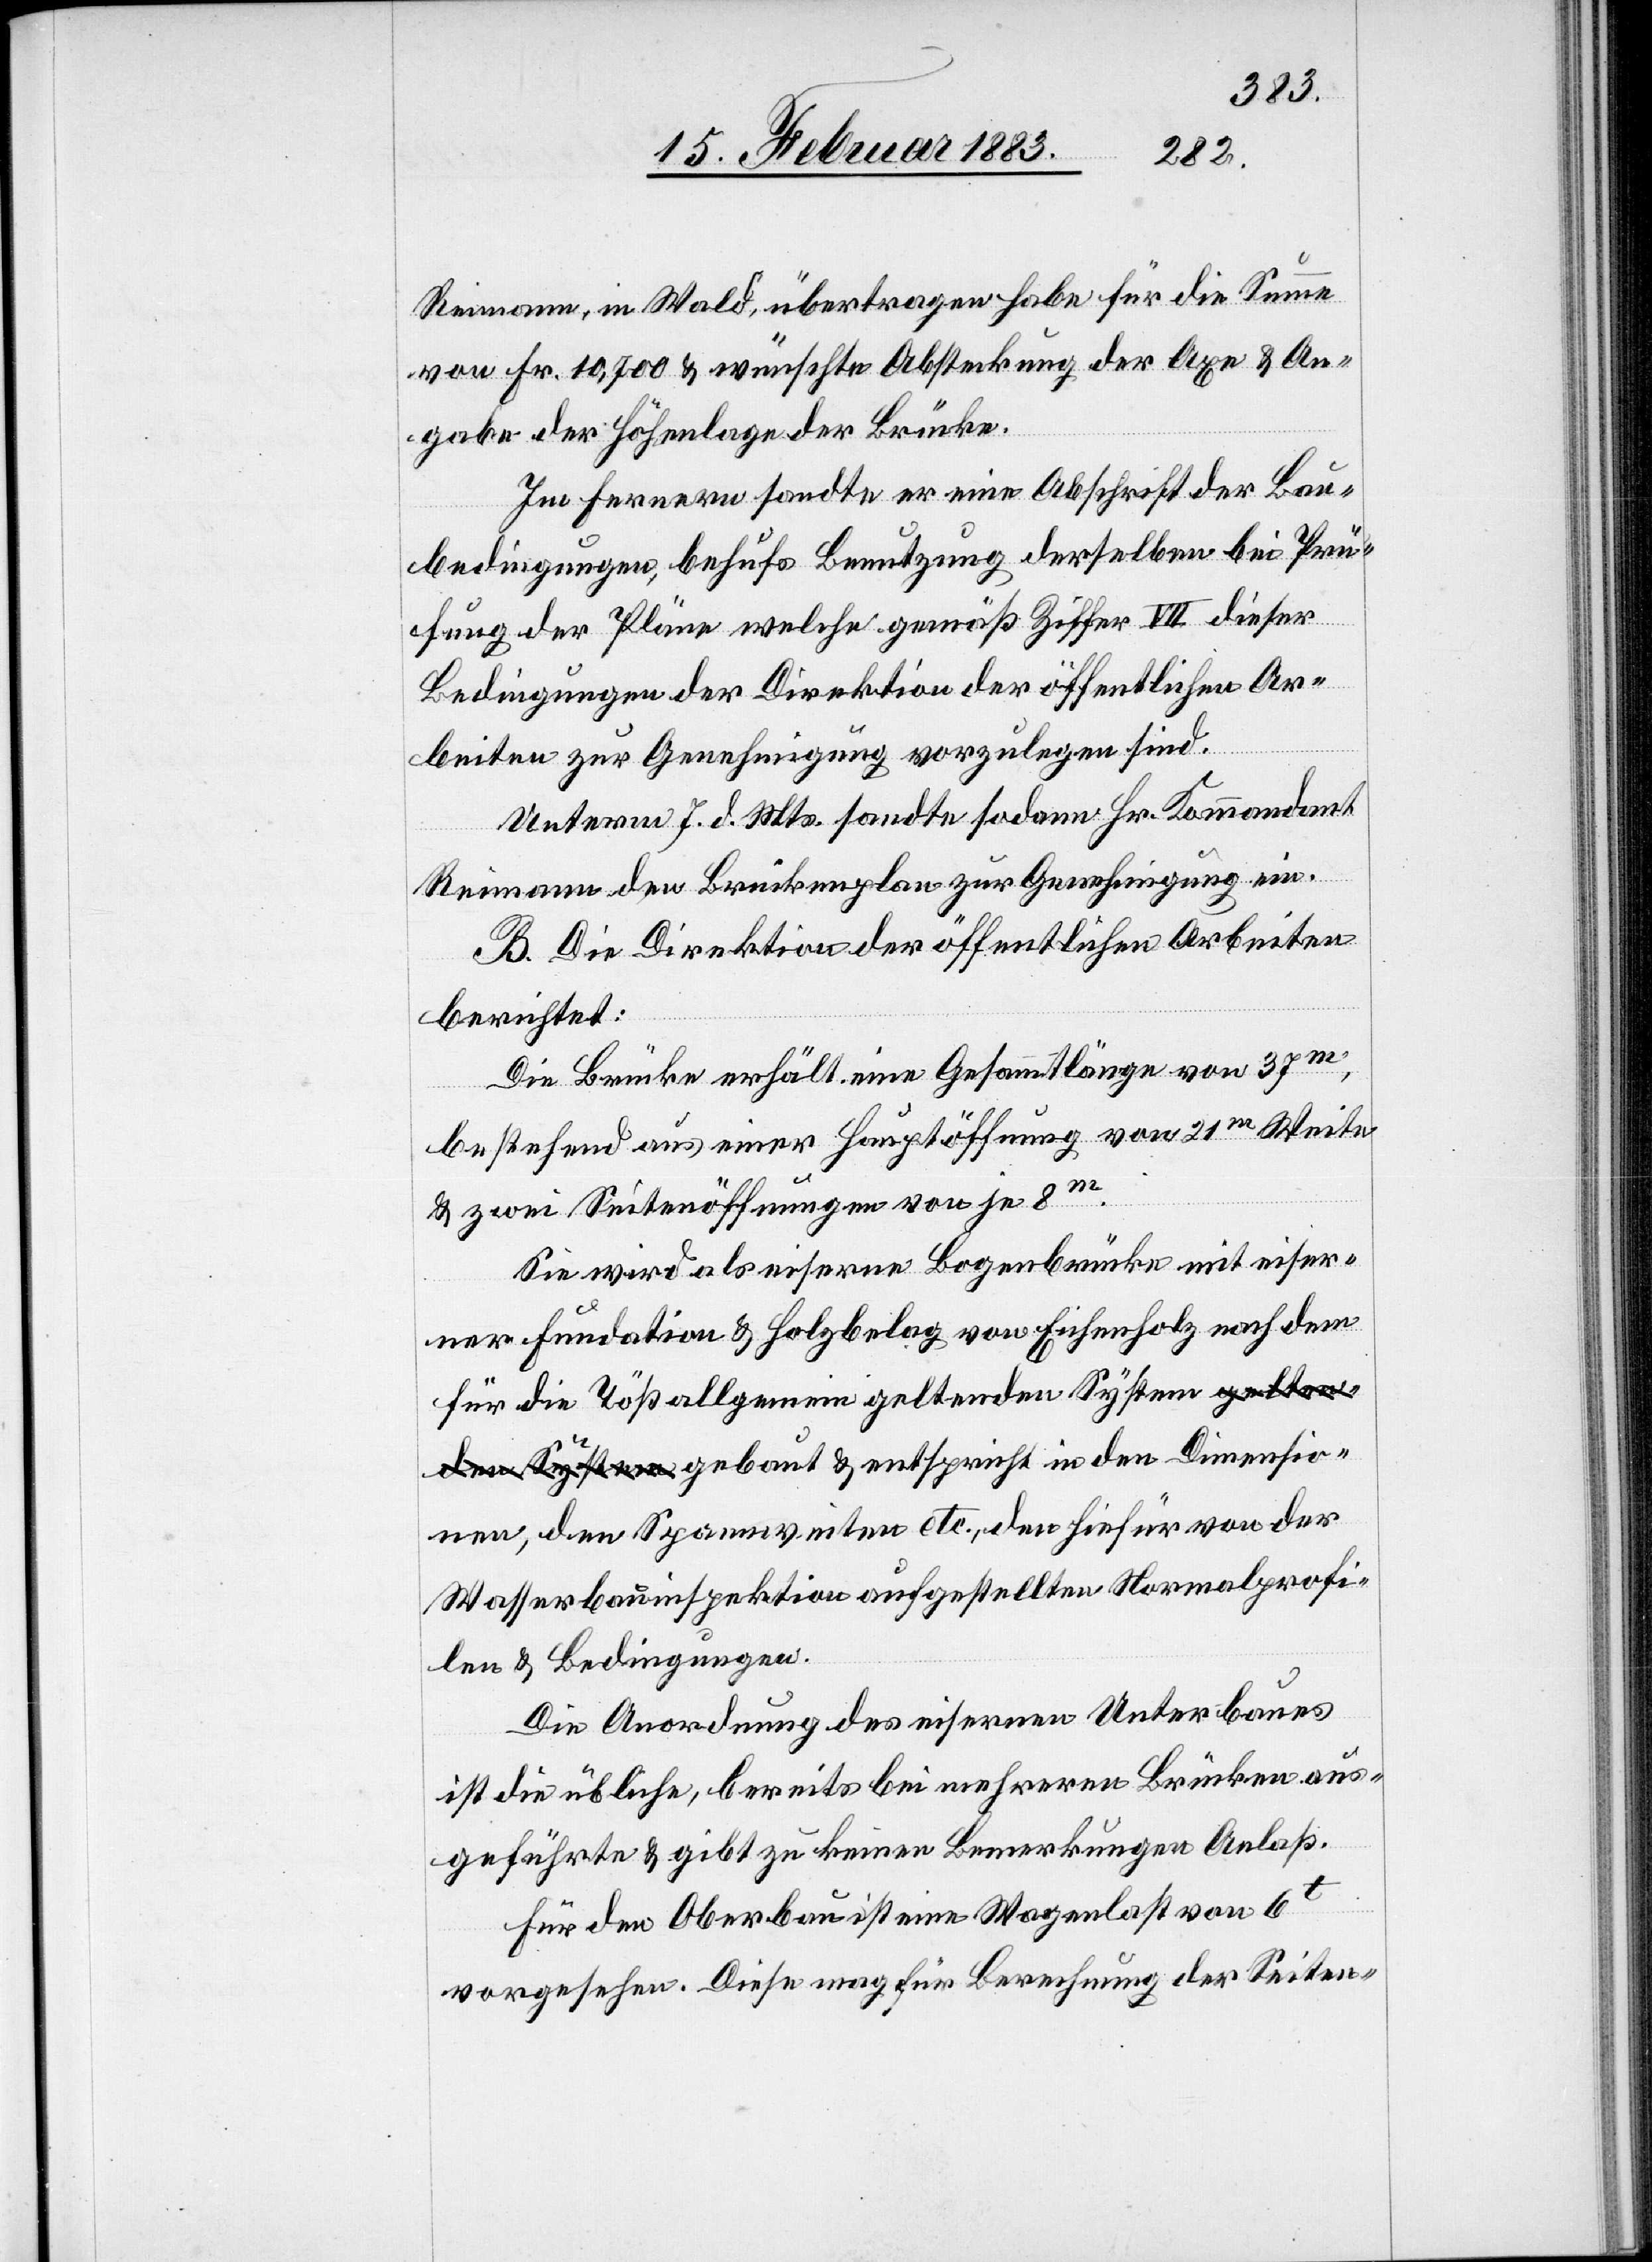
Reimann, in Wald, übertragen habe für die Summe
von Fr. 10,700 & wünschte Absteckung der Axe & An¬
gabe der Höhenlage der Brücke.
Im Fernern sandte er eine Abschrift der Bau¬
Dimensio¬
bedingungen, behufs Benutzung derselben bei Prü¬
fung der Pläne welche gemäß Ziffer VII dieser
Bedingungen der Direktion der öffentlichen Ar¬
beiten zur Genehmigung vorzulegen sind.
Unterm 7. d. Mts. sandte sodann Hr. Kommandant
Reimann den Brückenplan zur Genehmigung ein.
B. Die Direktion der öffentlichen Arbeiten
berichtet:
Die Brücke erhält eine Gesammtlänge von 37m,
bestehend aus einer Hauptöffnung von 21m Weite
& zwei Seitenöffnungen von je 8m.
Sie wird als eiserne Bogenbrücke mit eiser¬
ner Fundation & Holzbelag von Eichenholz nach dem
für die Töß allgemein geltenden System gebaut
nen, den Spannweiten etc., den hiefür von der
Wasserbauinspektion aufgestellten Normalprofi¬
len & Bedingungen.
Die Anordnung des eisernen Unterbaues
ist die übliche, bereits bei mehreren Brücken aus¬
geführte & gibt zu keinen Bemerkungen Anlaß.
Für den Oberbau ist eine Wagenlast von 6t
vorgesehen. Diese mag für Berechnung der Seiten-